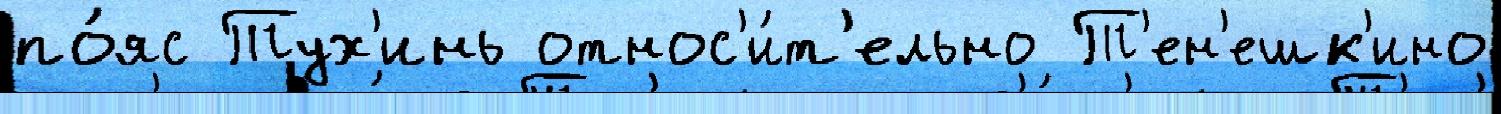
по́яс Тух'инь относ'и́т'ельно Т'ен'ешк'ино